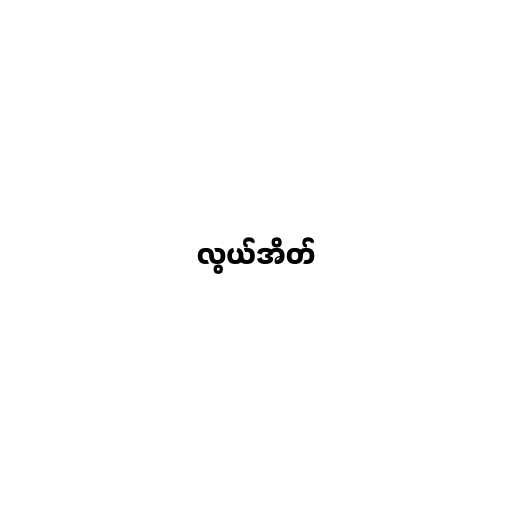
လွယ်အိတ်